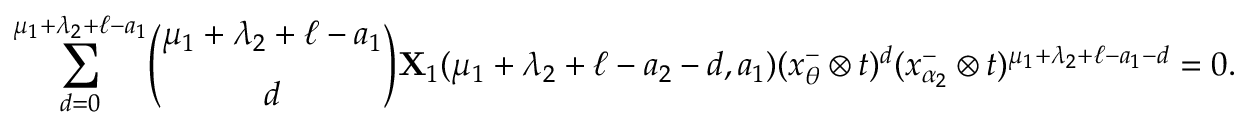
\underset { d = 0 } { \overset { \mu _ { 1 } + \lambda _ { 2 } + \ell - a _ { 1 } } { \sum } } { \binom { \mu _ { 1 } + \lambda _ { 2 } + \ell - a _ { 1 } } { d } } \mathbf X _ { 1 } ( \mu _ { 1 } + \lambda _ { 2 } + \ell - a _ { 2 } - d , a _ { 1 } ) ( x _ { \theta } ^ { - } \otimes t ) ^ { d } ( x _ { \alpha _ { 2 } } ^ { - } \otimes t ) ^ { \mu _ { 1 } + \lambda _ { 2 } + \ell - a _ { 1 } - d } = 0 .